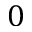
0